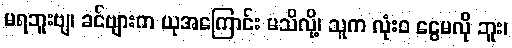
မရဘူးဗျ၊ ခင်ဗျားက ယုအကြောင်း မသိလို့၊ သူက လုံးဝ ငွေမလို ဘူး၊